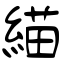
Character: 緢